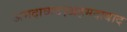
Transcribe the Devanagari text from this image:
अमदावाद।अहमदाबाद